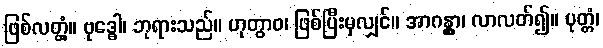
ဖြစ်လတ္တံ့။ ဗုဒ္ဓေါ၊ ဘုရားသည်။ ဟုတွာဝ၊ ဖြစ်ပြီးမှလျှင်။ အာဂန္တွာ၊ လာလတ်၍။ ပုတ္တံ၊